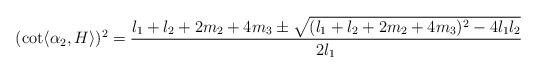
LaTeX: \begin{align*}(\cot \langle \alpha_{2}, H \rangle )^{2}=\frac{ l_{1}+l_{2}+2m_{2}+4m_{3} \pm \sqrt{(l_{1}+l_{2}+2m_{2}+4m_{3})^{2} - 4l_{1}l_{2} } }{2l_{1}}\end{align*}